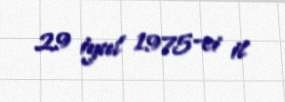
29 iyul 1975-ci il